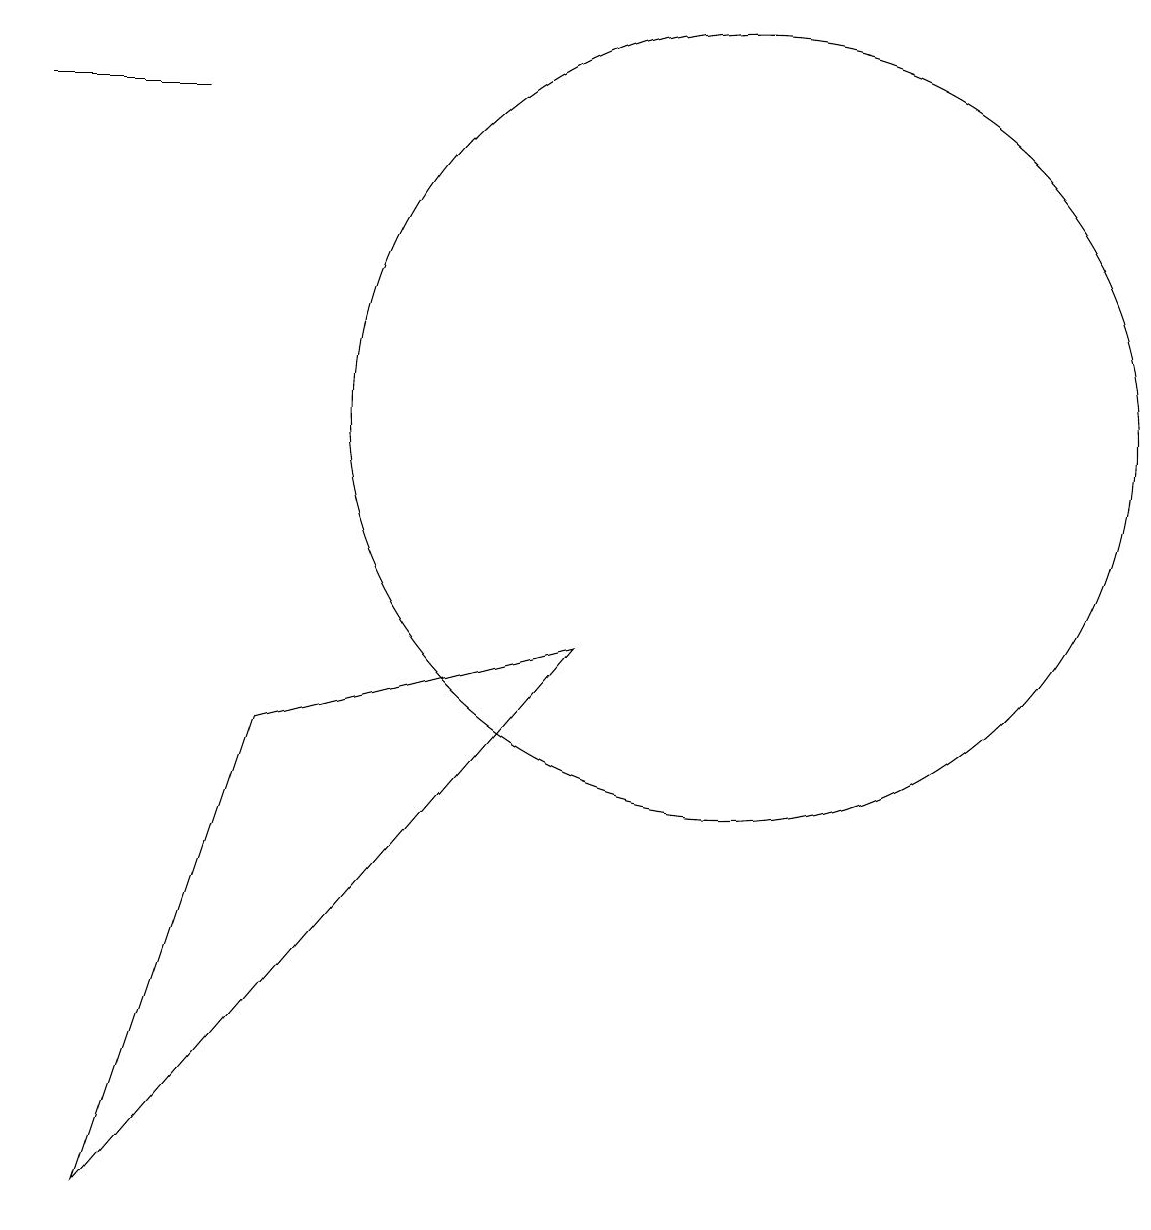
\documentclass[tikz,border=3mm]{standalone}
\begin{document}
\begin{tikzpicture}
\draw (11,11) circle (5);
\draw (2,15) rectangle (4,15);
\draw (5,7) -- (3,1) -- (9,8) -- cycle;
\draw (12,10) circle (0);
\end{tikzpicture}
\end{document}